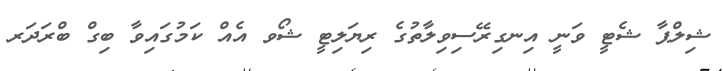
ޝިލްޕާ ޝެޓީ ވަނީ އިނގިރޭސިވިލާތުގެ ރިޔަލިޓީ ޝޯވ އެއް ކަމުގައިވާ ބިގް ބްރަދަރ